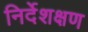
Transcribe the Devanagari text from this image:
निर्देशक्षण